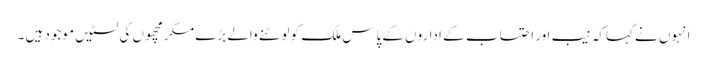
انہوں نے کہاکہ نیب اور احتساب کے اداروں کے پاس ملک کو لوٹنے والے بڑے مگر مچھوں کی لسٹیں موجود ہیں ۔